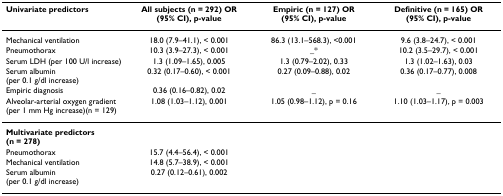
<table><thead><tr><td><b>Univariate predictors</b></td><td><b>All subjects (n = 292) OR (95% CI), p-value</b></td><td><b>Empiric (n = 127) OR (95% CI), p-value</b></td><td><b>Definitive (n = 165) OR (95% CI), p-value</b></td></tr></thead><tbody><tr><td>Mechanical ventilation</td><td>18.0 (7.9–41.1), &lt; 0.001</td><td>86.3 (13.1–568.3), &lt;0.001</td><td>9.6 (3.8–24.7), &lt; 0.001</td></tr><tr><td>Pneumothorax</td><td>10.3 (3.9–27.3), &lt; 0.001</td><td>_*</td><td>10.2 (3.5–29.7), &lt; 0.001</td></tr><tr><td>Serum LDH (per 100 U/l increase)</td><td>1.3 (1.09–1.65), 0.005</td><td>1.3 (0.79–2.02), 0.33</td><td>1.3 (1.02–1.63), 0.03</td></tr><tr><td>Serum albumin (per 0.1 g/dl increase)</td><td>0.32 (0.17–0.60), &lt; 0.001</td><td>0.27 (0.09–0.88), 0.02</td><td>0.36 (0.17–0.77), 0.008</td></tr><tr><td>Empiric diagnosis</td><td>0.36 (0.16–0.82), 0.02</td><td>_</td><td>_</td></tr><tr><td>Alveolar-arterial oxygen gradient (per 1 mm Hg increase)(n = 129)</td><td>1.08 (1.03–1.12), 0.001</td><td>1.05 (0.98–1.12), p = 0.16</td><td>1.10 (1.03–1.17), p = 0.003</td></tr><tr><td><b>Multivariate predictors (n = 278)</b></td><td></td><td></td><td></td></tr><tr><td>Pneumothorax</td><td>15.7 (4.4–56.4), &lt; 0.001</td><td></td><td></td></tr><tr><td>Mechanical ventilation</td><td>14.8 (5.7–38.9), &lt; 0.001</td><td></td><td></td></tr><tr><td>Serum albumin (per 0.1 g/dl increase)</td><td>0.27 (0.12–0.61), 0.002</td><td></td><td></td></tr></tbody></table>